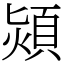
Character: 熲